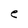
Character: e